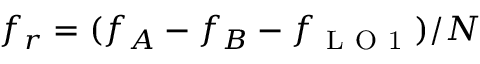
f _ { r } = ( f _ { A } - f _ { B } - f _ { \mathrm { ~ L ~ O ~ 1 ~ } } ) / N